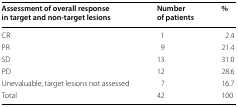
<table><thead><tr><td><b>Assessment of overall response in target and non-target lesions</b></td><td><b>Number of patients</b></td><td><b>%</b></td></tr></thead><tbody><tr><td>CR</td><td>1</td><td>2.4</td></tr><tr><td>PR</td><td>9</td><td>21.4</td></tr><tr><td>SD</td><td>13</td><td>31.0</td></tr><tr><td>PD</td><td>12</td><td>28.6</td></tr><tr><td>Unevaluable, target lesions not assessed</td><td>7</td><td>16.7</td></tr><tr><td>Total</td><td>42</td><td>100</td></tr></tbody></table>